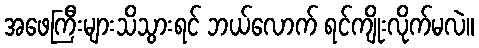
အဖေကြီးများသိသွားရင် ဘယ်လောက် ရင်ကျိုးလိုက်မလဲ။